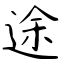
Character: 途